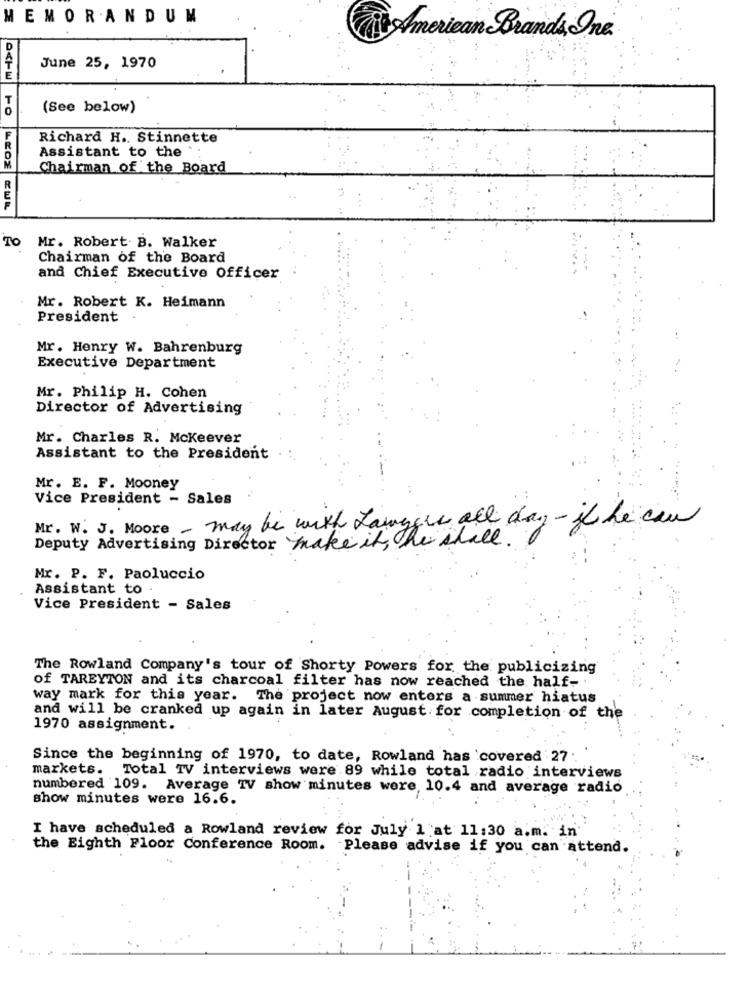
MEMORANDUM
American Brands, One
June 25, 1970
E
(See below)
Richard H .. Stinnette
Assistant to the
Chairman of the Board
TO
Mr. Robert. B. Walker
Chairman of the Board
and Chief Executive Officer
Mr. Robert K. Heimann
President
Mr. Henry W. Bahrenburg
Executive Department
Mr. Philip H. Cohen
Director of Advertising
Mr. Charles R. Mckeever
Assistant to the President
Mr. E. F. Mooney
Vice President - Sales
Mr. W. J. Moore - may be with Lamagre all day - if he can
Deputy Advertising Director make it, he shall .
Mr. P. F. Paoluccio
Assistant to
Vice President - Sales
The Rowland Company's tour of Shorty Powers for the publicizing
of TAREYTON and its charcoal filter has now reached the half-
way mark for this year. The project now enters a summer hiatus
and will be cranked up again in later August for completion of the
1970 assignment.
Since the beginning of 1970, to date, Rowland has covered 27.
markets. Total TV interviews were 89 while total radio interviews
numbered 109. Average TV show minutes were, 10.4 and average radio
show minutes were 16.6.
I have scheduled a Rowland review for July 1 at 11:30 a.m. in'
the Eighth Floor Conference Room. Please advise if you can attend.